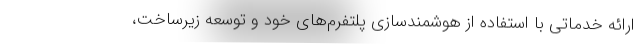
ارائه خدماتی با استفاده از هوشمندسازی پلتفرم‌های خود و توسعه زیرساخت،